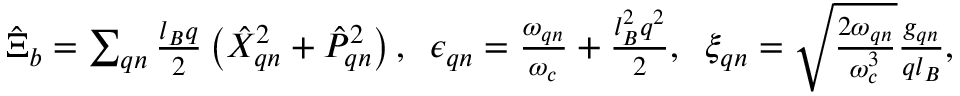
\begin{array} { r } { \hat { \boldsymbol { \Xi } } _ { b } = \sum _ { \boldsymbol { q } n } \frac { l _ { B } \boldsymbol { q } } { 2 } \left( \hat { X } _ { \boldsymbol { q } n } ^ { 2 } + \hat { P } _ { \boldsymbol { q } n } ^ { 2 } \right) , \; \; \epsilon _ { \boldsymbol { q } n } = \frac { \omega _ { \boldsymbol { q } n } } { \omega _ { c } } + \frac { l _ { B } ^ { 2 } q ^ { 2 } } { 2 } , \; \; \xi _ { \boldsymbol { q } n } = \sqrt { \frac { 2 \omega _ { \boldsymbol { q } n } } { \omega _ { c } ^ { 3 } } } \frac { g _ { \boldsymbol { q } n } } { q l _ { B } } , } \end{array}